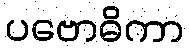
ပဗောဓိကာ